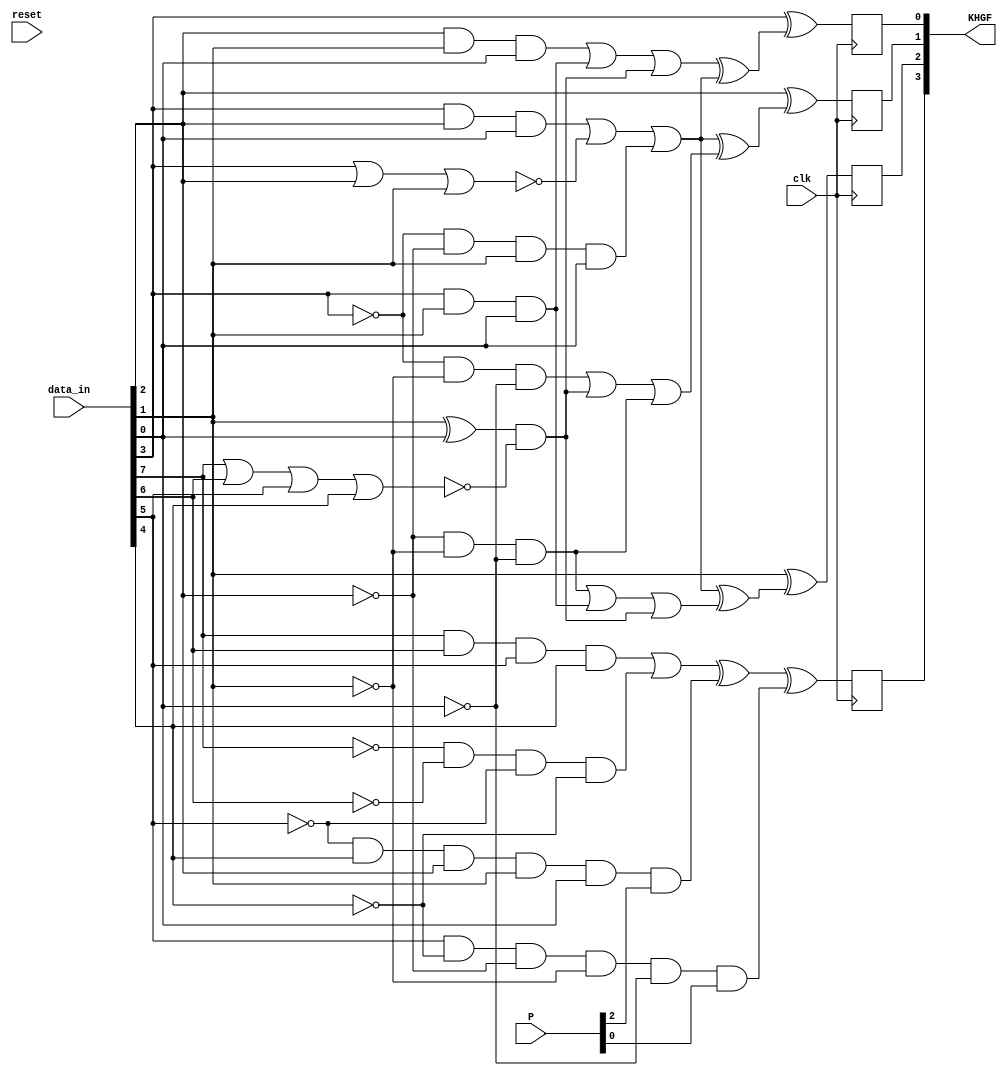
module fcn4b3b(
    input clk, 
    input reset,
    input [7:0] data_in,
    input [2:0] P,
    output [3:0] KHGF
    );
    
    wire c, d, e, i, f, g, h, j;
    assign {c, d, e, i, f, g, h, j} = data_in;
    wire P13, P22, P31; 
    assign {P13, P22, P31} = P;
    reg K, F, G, H;
    
    always @(posedge clk)
    begin
        F = f ^ (((g & h & j) | (f & h & j) | ((h ^ j) & ~(c | d | e | i)))
              ^ ((f & g & j) | ~(f | g | h) | (~f & ~g & h & j)));
        G = g ^ (((f & g & j) | ~(f | g | h) | (~f & ~g & h & j))
              ^ ((~f & ~h & ~j) | ((h ^ j) & ~(c | d | e | i)) | (~g & ~h & ~j)));
        H = h ^ (((f & g & j) | ~(f | g | h) | (~f & ~g & h & j))
              ^ ((~g & ~h & ~j) | (f & h & j) | ((h ^ j) & ~(c | d | e | i))));
        K = ((c & d & e & i) | (~c & ~d & ~e & ~i)) ^
            (~e & i & g & h & j & P13) ^ (e & ~i & ~g & ~h & ~j & P31);  
    end
    
    assign KHGF = {K, H, G, F};
endmodule